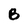
Character: B